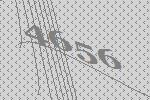
4656